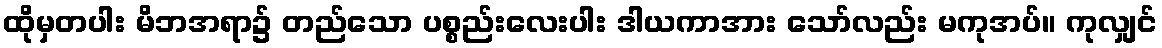
ထိုမှတပါး မိဘအရာ၌ တည်သော ပစ္စည်းလေးပါး ဒါယကာအား သော်လည်း မကုအပ်။ ကုလျှင်